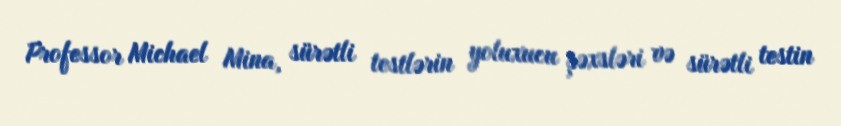
Professor Michael Mina, sürətli testlərin yoluxucu şəxsləri və sürətli testin